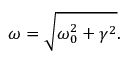
\omega = \sqrt { \omega _ { 0 } ^ { 2 } + \gamma ^ { 2 } } .